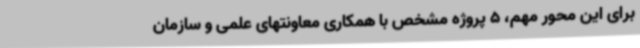
برای این محور مهم، 5 پروژه مشخص با همکاری معاونتهای علمی و سازمان